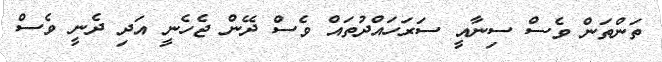
ތަންތަން ވެސް ސިނާއީ ސަރަހައްދުތައް ވެސް ދޭން ޖެހެނީ އަދި ދެނީ ވެސް